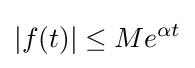
|f(t)|\leq Me^{\alpha t}